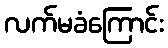
လက်မခံကြောင်း